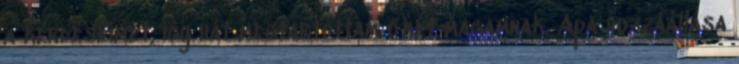
a kérdéseimet, így hát megtartottam őket magamnak. Apa hozzáállása